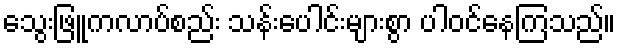
သွေးဖြူကလာပ်စည်း သန်းပေါင်းများစွာ ပါဝင်နေကြသည်။